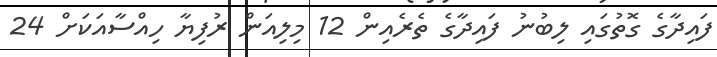
ފައިދާގެ ގޮތުގައި ލިބުނު ފައިދާގެ ތެރެއިން 12 މިލިއަން ރުފިޔާ ހިއްސާއަކަށް 24